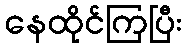
နေထိုင်ကြပြီး